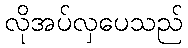
လိုအပ်လှပေသည်